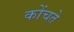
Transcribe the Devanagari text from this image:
कोंचते